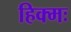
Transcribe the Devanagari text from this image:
हिक्मः